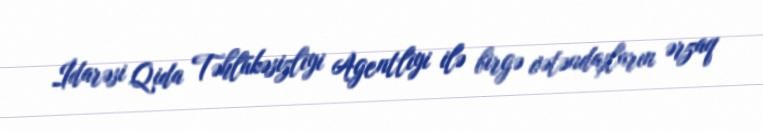
İdarəsi Qida Təhlükəsizliyi Agentliyi ilə birgə vətəndaşların ərzaq